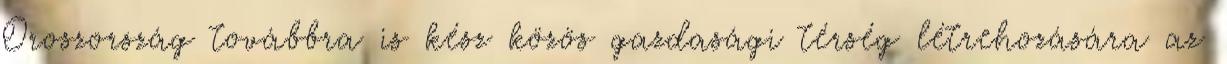
Oroszország továbbra is kész közös gazdasági térség létrehozására az